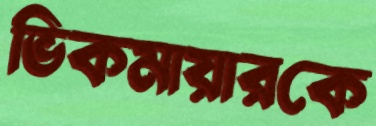
ভিকমায়ারকে